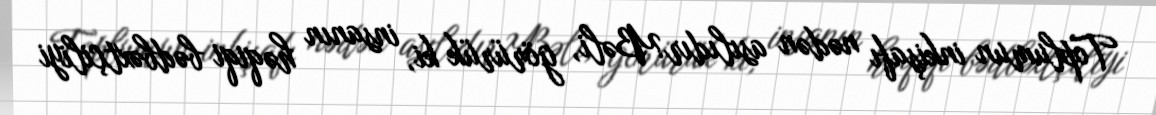
Toplumun inkişafı nədən asılıdır?Bəli, görürük ki, insanın həqiqi bədbəxtçiliyi